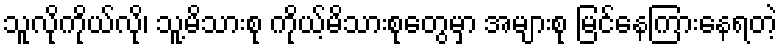
သူလိုကိုယ်လို၊ သူ့မိသားစု ကိုယ့်မိသားစုတွေမှာ အများစု မြင်နေကြားနေရတဲ့